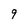
Character: 9